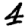
Digit: 4